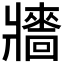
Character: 𤖠